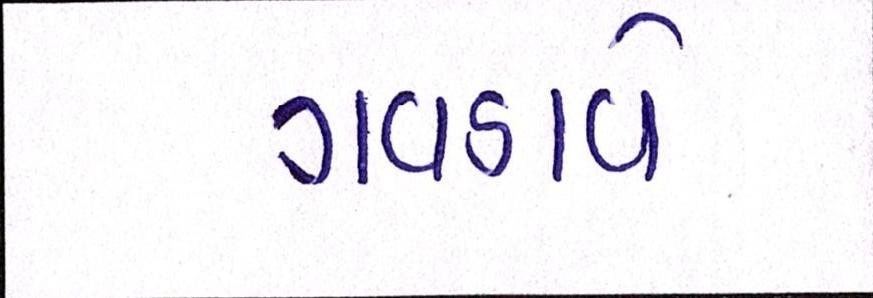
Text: ગવડાવે